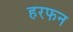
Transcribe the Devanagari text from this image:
हरफन